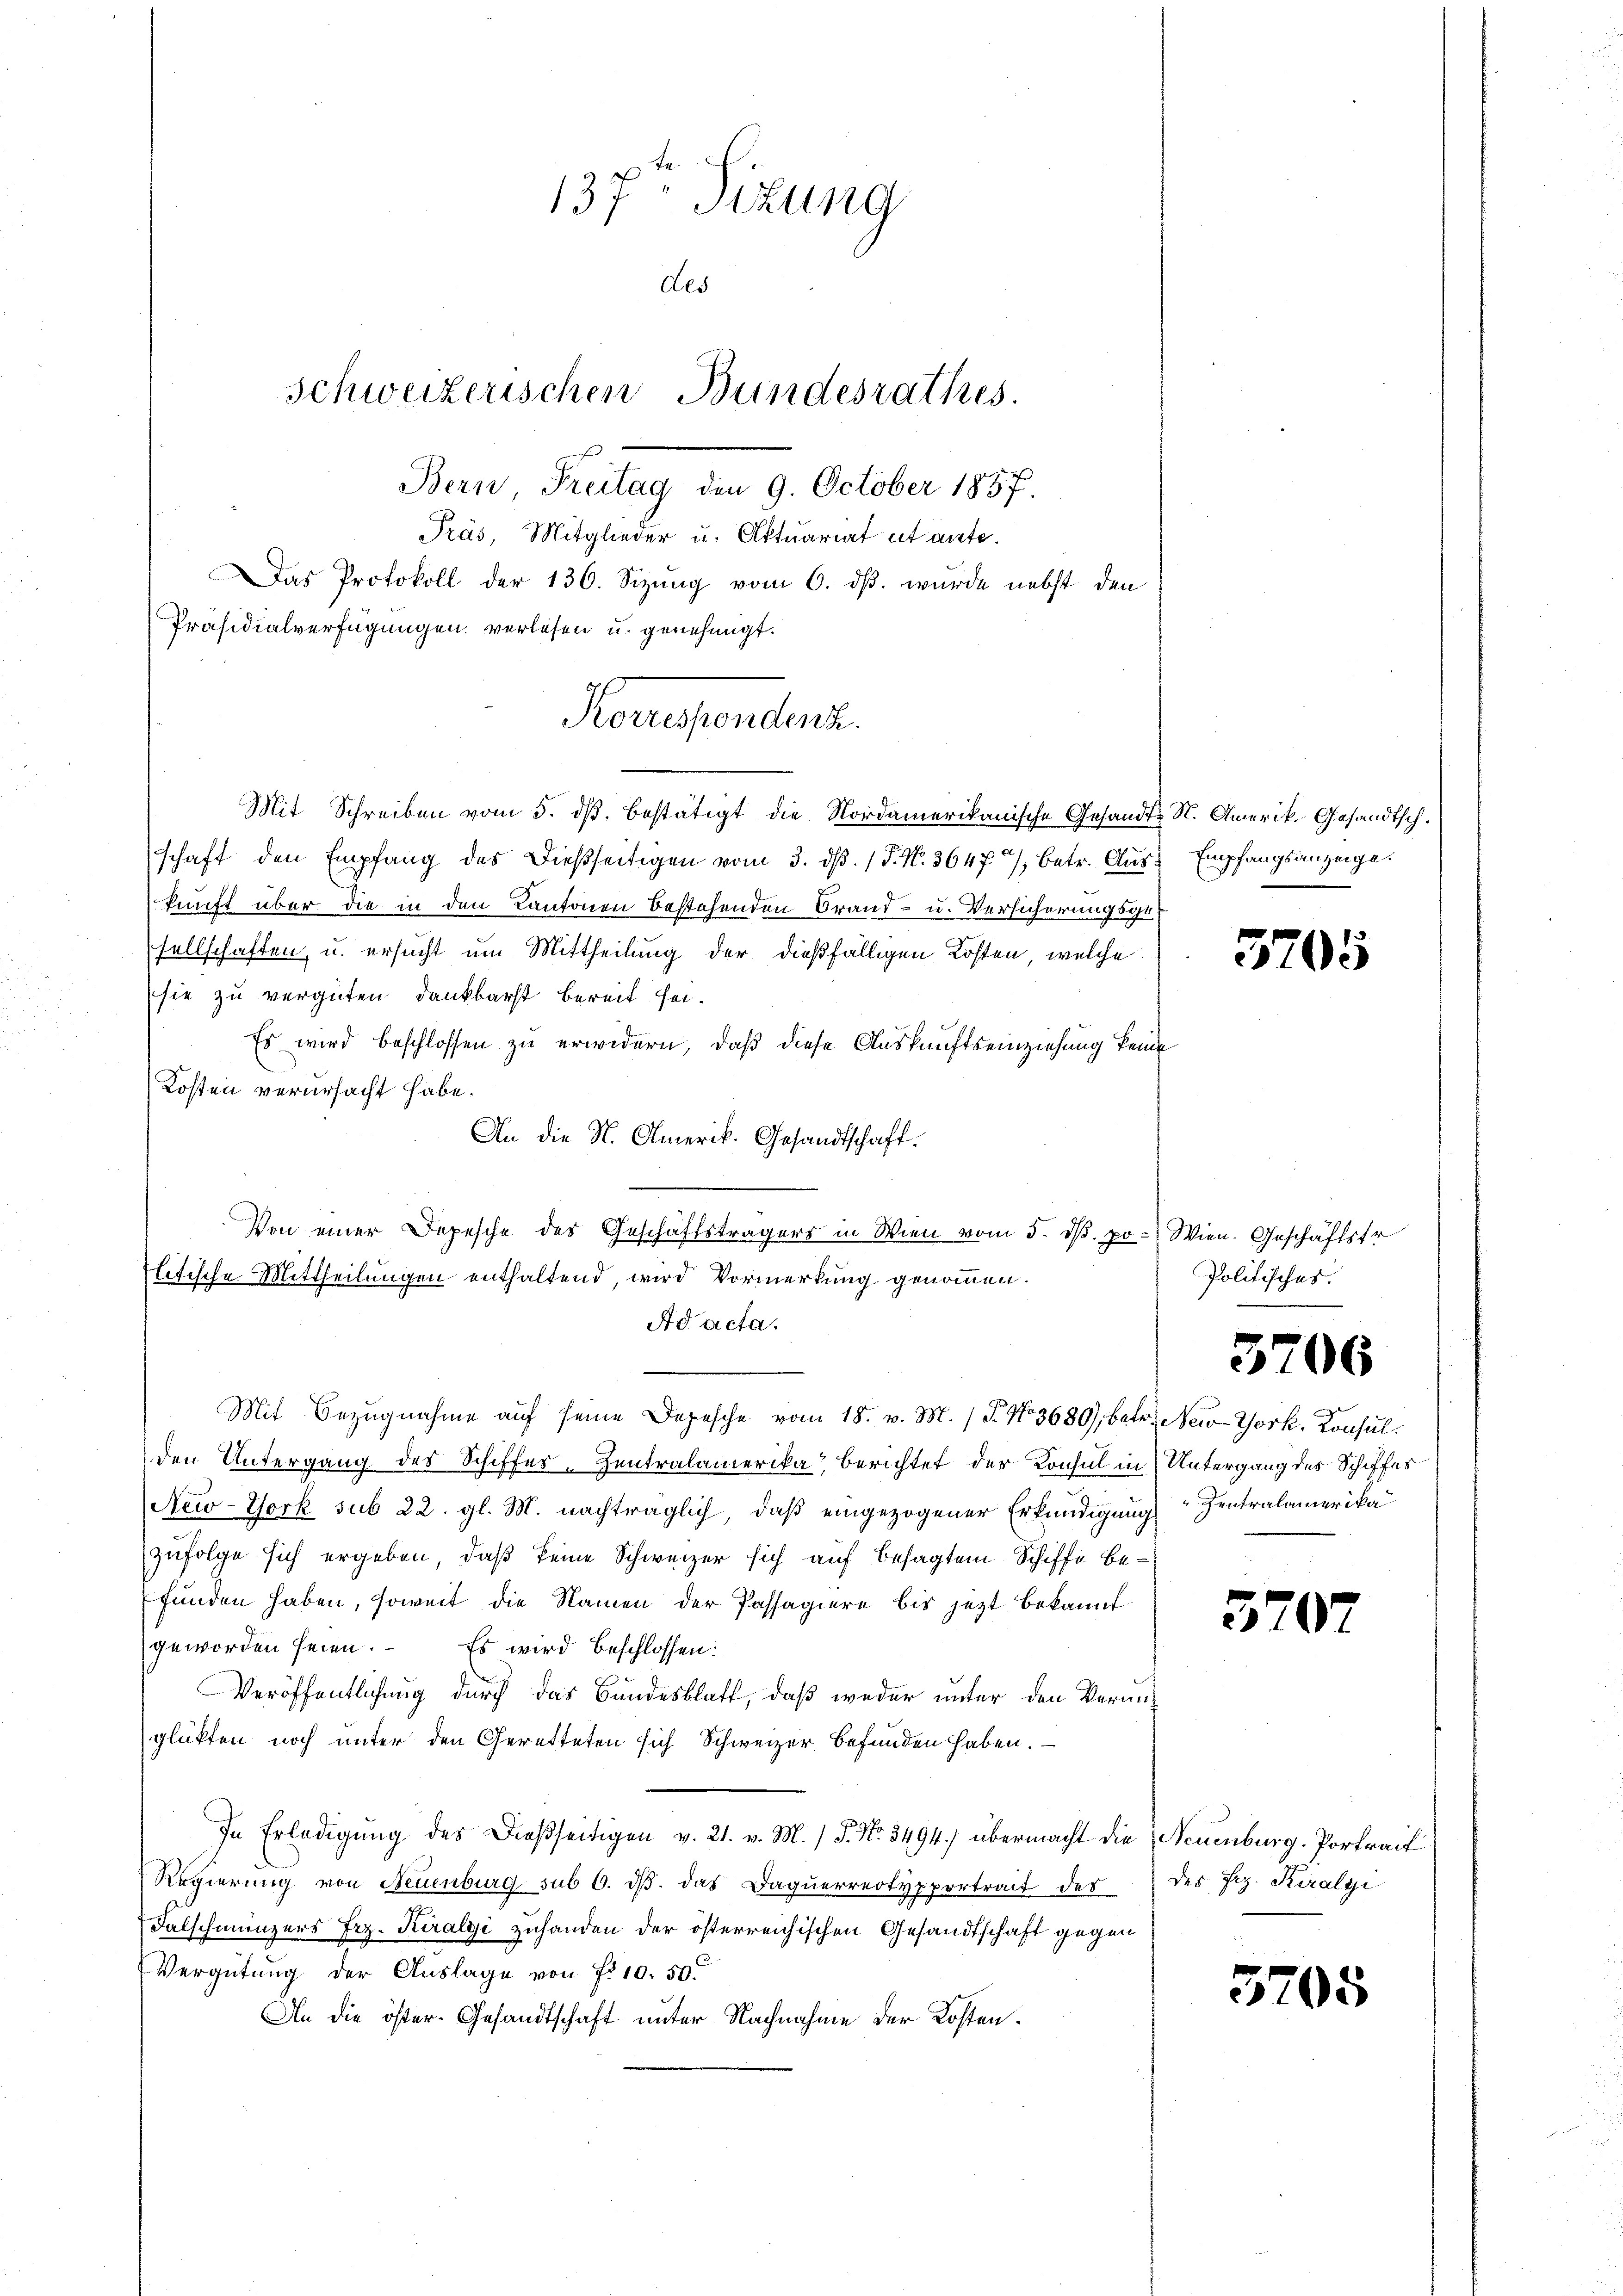
Konsenden.

137 Sizung
des
Schweizerischen Bundesrathes.
Bern, Freitag den 9. October 1857.
Präs, Mitglieder u. Aktuariat et ante.
Das Protokoll der 136. Sizung vom 6. dß. wurde nebst den
Präsidialverfügungen verlesen u. genehmigt.

Mit Schreiben vom 5. dβ bestätigt die Nordamerikanische Gesandschaft den Empfang des dießseitigen vom 3. dβ. / P. N. 3647/, betr. Auskunft über die in den Cantonen bestehenden Brand- u. Versicherungsgesellschaften, u. ersucht um Mittheilung der dießfälligen Kosten, welche
sie zu vergüten dankbarst bereit sei.
Es wird beschlossen zu erwidern, daß diese Auskunftseinziehung keine
Kosten verursacht habe.
An die N. Omerik. Gesandtschaft.
Von einer Depesche des Geschäftsträgers in Wien vom 5. dß. pr. Wien. Geschäftstr
litische Mittheilungen enthaltend, wird Vormerkung genommen.
Ad acta.
Mit Bezugnahme auf seine Depesche vom 18. v. M. (T. No 3680), betr. New-York, Konsulden Untergang des Schiffes-Zentralamerika berichtet der Konsul in Untergang des Schiffes
New-York sub 22. gl. M. nachträglich, daß eingezogener Erkundigung Zentralamerika
zufolge sich ergeben, daß keine Schweizer sich auf besagten Schiffe befunden haben, soweit die Namen der Passagiere bis jetzt bekannt
geworden seien. Es wird beschlossen:
Veröffentlichung durch das Bundesblatt, daß weder unter den Vermitglükten noch unter den Geretteten sich Schweizer befunden haben.
In Erledigung des Dießseitigen v. 21. v. M. / 5. No. 3494) übermacht die
Regierung von Neuenburg sub 6. dβ das Daquerreotypportrait des
Falschmünzers Fez. Kiralyi zuhanden der österreichischen Gesandtschaft gegen
Vergütung der Auslage von Fr. 10. 50
An die öster- Gesandtschaft unter Nachnahme der Kosten.

J S. Amerik. Gesandtsch.
 Empfangsanzeige.

3705

Politisches.

3706

3702

Neuenburg. Portrait
des Hr. Kiralyi

3705